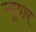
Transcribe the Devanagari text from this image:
न्यूयार्